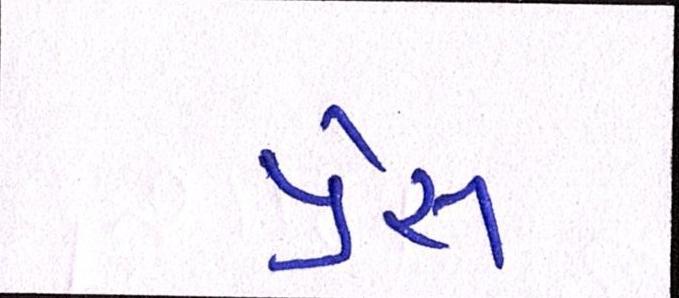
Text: પ્રેસ